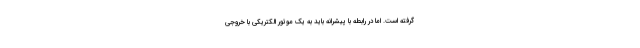
گرفته است. اما در رابطه با پیشرانه باید به یک موتور الکتریکی با خروجی